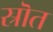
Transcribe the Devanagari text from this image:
स्रॊत